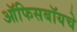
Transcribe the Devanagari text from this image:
ऑफिसबॉयचे